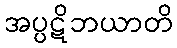
အပ္ပဋိဘယာတိ